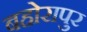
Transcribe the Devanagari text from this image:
बहोरापुर